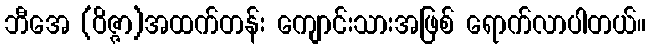
ဘီအေ (ဝိဇ္ဇာ)အထက်တန်း ကျောင်းသားအဖြစ် ရောက်လာပါတယ်။